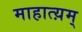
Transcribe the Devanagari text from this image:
माहात्य़म्